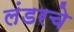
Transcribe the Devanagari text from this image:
लंडरचे